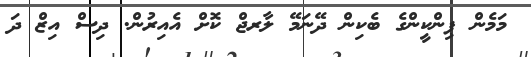
މަމެން ޕިންކީންގެ ބެކިން ދޭނަމޭ ލާރޖް ކޮށް އެއިރުން. ދިސް އިޒް ދަ